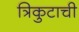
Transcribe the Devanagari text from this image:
त्रिकुटाची